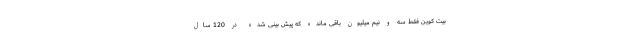
بیت کوین فقط سه و نیم میلیون باقی مانده که پیش بینی شده در 120 سال